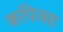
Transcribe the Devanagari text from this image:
कपित्सा